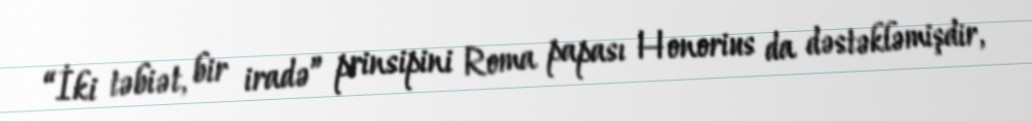
“İki təbiət, bir iradə” prinsipini Roma papası Honorius da dəstəkləmişdir,